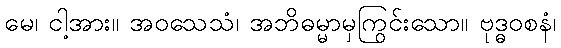
မေ၊ ငါ့အား။ အဝသေသံ၊ အဘိဓမ္မာမှကြွင်းသော။ ဗုဒ္ဓဝစနံ၊